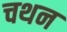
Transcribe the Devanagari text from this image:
चथन